Civil Veterinary Department Bengal reports 1933-51 - 1933-1951
Year: 1933
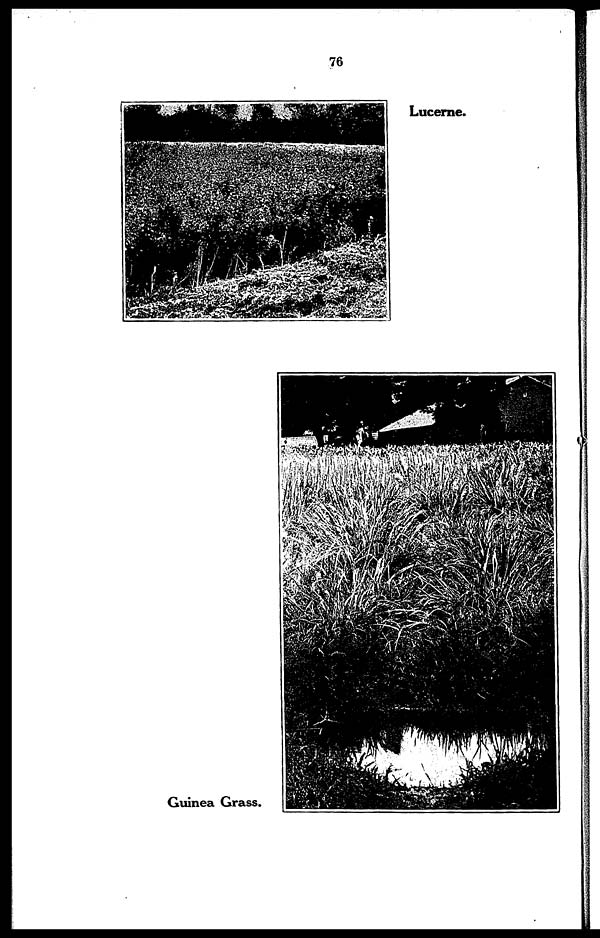
76
Lucerne.
Guinea Grass.